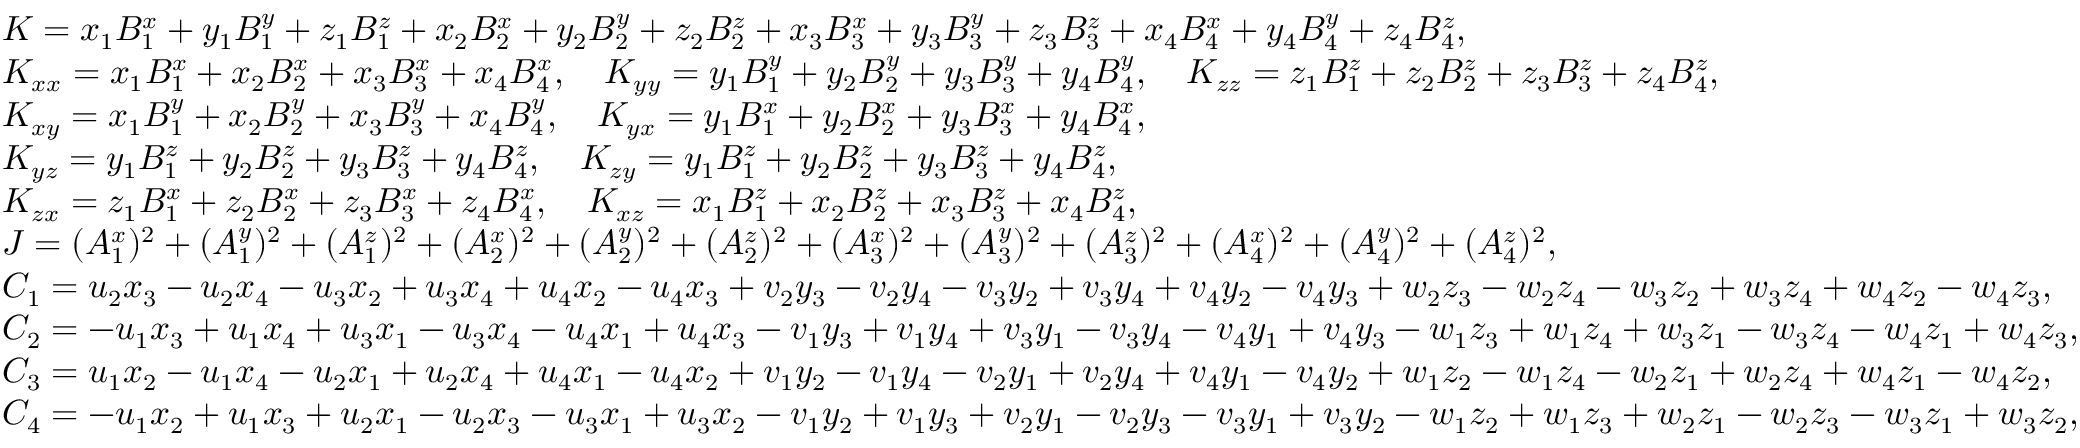
\small \begin{array} { r l } & { K = x _ { 1 } B _ { 1 } ^ { x } + y _ { 1 } B _ { 1 } ^ { y } + z _ { 1 } B _ { 1 } ^ { z } + x _ { 2 } B _ { 2 } ^ { x } + y _ { 2 } B _ { 2 } ^ { y } + z _ { 2 } B _ { 2 } ^ { z } + x _ { 3 } B _ { 3 } ^ { x } + y _ { 3 } B _ { 3 } ^ { y } + z _ { 3 } B _ { 3 } ^ { z } + x _ { 4 } B _ { 4 } ^ { x } + y _ { 4 } B _ { 4 } ^ { y } + z _ { 4 } B _ { 4 } ^ { z } , } \\ & { K _ { x x } = x _ { 1 } B _ { 1 } ^ { x } + x _ { 2 } B _ { 2 } ^ { x } + x _ { 3 } B _ { 3 } ^ { x } + x _ { 4 } B _ { 4 } ^ { x } , \quad K _ { y y } = y _ { 1 } B _ { 1 } ^ { y } + y _ { 2 } B _ { 2 } ^ { y } + y _ { 3 } B _ { 3 } ^ { y } + y _ { 4 } B _ { 4 } ^ { y } , \quad K _ { z z } = z _ { 1 } B _ { 1 } ^ { z } + z _ { 2 } B _ { 2 } ^ { z } + z _ { 3 } B _ { 3 } ^ { z } + z _ { 4 } B _ { 4 } ^ { z } , } \\ & { K _ { x y } = x _ { 1 } B _ { 1 } ^ { y } + x _ { 2 } B _ { 2 } ^ { y } + x _ { 3 } B _ { 3 } ^ { y } + x _ { 4 } B _ { 4 } ^ { y } , \quad K _ { y x } = y _ { 1 } B _ { 1 } ^ { x } + y _ { 2 } B _ { 2 } ^ { x } + y _ { 3 } B _ { 3 } ^ { x } + y _ { 4 } B _ { 4 } ^ { x } , } \\ & { K _ { y z } = y _ { 1 } B _ { 1 } ^ { z } + y _ { 2 } B _ { 2 } ^ { z } + y _ { 3 } B _ { 3 } ^ { z } + y _ { 4 } B _ { 4 } ^ { z } , \quad K _ { z y } = y _ { 1 } B _ { 1 } ^ { z } + y _ { 2 } B _ { 2 } ^ { z } + y _ { 3 } B _ { 3 } ^ { z } + y _ { 4 } B _ { 4 } ^ { z } , } \\ & { K _ { z x } = z _ { 1 } B _ { 1 } ^ { x } + z _ { 2 } B _ { 2 } ^ { x } + z _ { 3 } B _ { 3 } ^ { x } + z _ { 4 } B _ { 4 } ^ { x } , \quad K _ { x z } = x _ { 1 } B _ { 1 } ^ { z } + x _ { 2 } B _ { 2 } ^ { z } + x _ { 3 } B _ { 3 } ^ { z } + x _ { 4 } B _ { 4 } ^ { z } , } \\ & { J = ( A _ { 1 } ^ { x } ) ^ { 2 } + ( A _ { 1 } ^ { y } ) ^ { 2 } + ( A _ { 1 } ^ { z } ) ^ { 2 } + ( A _ { 2 } ^ { x } ) ^ { 2 } + ( A _ { 2 } ^ { y } ) ^ { 2 } + ( A _ { 2 } ^ { z } ) ^ { 2 } + ( A _ { 3 } ^ { x } ) ^ { 2 } + ( A _ { 3 } ^ { y } ) ^ { 2 } + ( A _ { 3 } ^ { z } ) ^ { 2 } + ( A _ { 4 } ^ { x } ) ^ { 2 } + ( A _ { 4 } ^ { y } ) ^ { 2 } + ( A _ { 4 } ^ { z } ) ^ { 2 } , } \\ & { C _ { 1 } = u _ { 2 } x _ { 3 } - u _ { 2 } x _ { 4 } - u _ { 3 } x _ { 2 } + u _ { 3 } x _ { 4 } + u _ { 4 } x _ { 2 } - u _ { 4 } x _ { 3 } + v _ { 2 } y _ { 3 } - v _ { 2 } y _ { 4 } - v _ { 3 } y _ { 2 } + v _ { 3 } y _ { 4 } + v _ { 4 } y _ { 2 } - v _ { 4 } y _ { 3 } + w _ { 2 } z _ { 3 } - w _ { 2 } z _ { 4 } - w _ { 3 } z _ { 2 } + w _ { 3 } z _ { 4 } + w _ { 4 } z _ { 2 } - w _ { 4 } z _ { 3 } , } \\ & { C _ { 2 } = - u _ { 1 } x _ { 3 } + u _ { 1 } x _ { 4 } + u _ { 3 } x _ { 1 } - u _ { 3 } x _ { 4 } - u _ { 4 } x _ { 1 } + u _ { 4 } x _ { 3 } - v _ { 1 } y _ { 3 } + v _ { 1 } y _ { 4 } + v _ { 3 } y _ { 1 } - v _ { 3 } y _ { 4 } - v _ { 4 } y _ { 1 } + v _ { 4 } y _ { 3 } - w _ { 1 } z _ { 3 } + w _ { 1 } z _ { 4 } + w _ { 3 } z _ { 1 } - w _ { 3 } z _ { 4 } - w _ { 4 } z _ { 1 } + w _ { 4 } z _ { 3 } , } \\ & { C _ { 3 } = u _ { 1 } x _ { 2 } - u _ { 1 } x _ { 4 } - u _ { 2 } x _ { 1 } + u _ { 2 } x _ { 4 } + u _ { 4 } x _ { 1 } - u _ { 4 } x _ { 2 } + v _ { 1 } y _ { 2 } - v _ { 1 } y _ { 4 } - v _ { 2 } y _ { 1 } + v _ { 2 } y _ { 4 } + v _ { 4 } y _ { 1 } - v _ { 4 } y _ { 2 } + w _ { 1 } z _ { 2 } - w _ { 1 } z _ { 4 } - w _ { 2 } z _ { 1 } + w _ { 2 } z _ { 4 } + w _ { 4 } z _ { 1 } - w _ { 4 } z _ { 2 } , } \\ & { C _ { 4 } = - u _ { 1 } x _ { 2 } + u _ { 1 } x _ { 3 } + u _ { 2 } x _ { 1 } - u _ { 2 } x _ { 3 } - u _ { 3 } x _ { 1 } + u _ { 3 } x _ { 2 } - v _ { 1 } y _ { 2 } + v _ { 1 } y _ { 3 } + v _ { 2 } y _ { 1 } - v _ { 2 } y _ { 3 } - v _ { 3 } y _ { 1 } + v _ { 3 } y _ { 2 } - w _ { 1 } z _ { 2 } + w _ { 1 } z _ { 3 } + w _ { 2 } z _ { 1 } - w _ { 2 } z _ { 3 } - w _ { 3 } z _ { 1 } + w _ { 3 } z _ { 2 } , } \end{array}